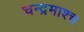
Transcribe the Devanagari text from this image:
चन्द्रमाश्च